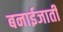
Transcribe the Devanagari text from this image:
बनाईजाती